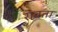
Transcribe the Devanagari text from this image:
रावता